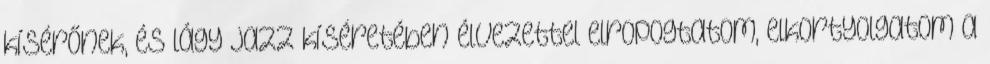
kísérőnek, és lágy jazz kíséretében élvezettel elropogtatom, elkortyolgatom a